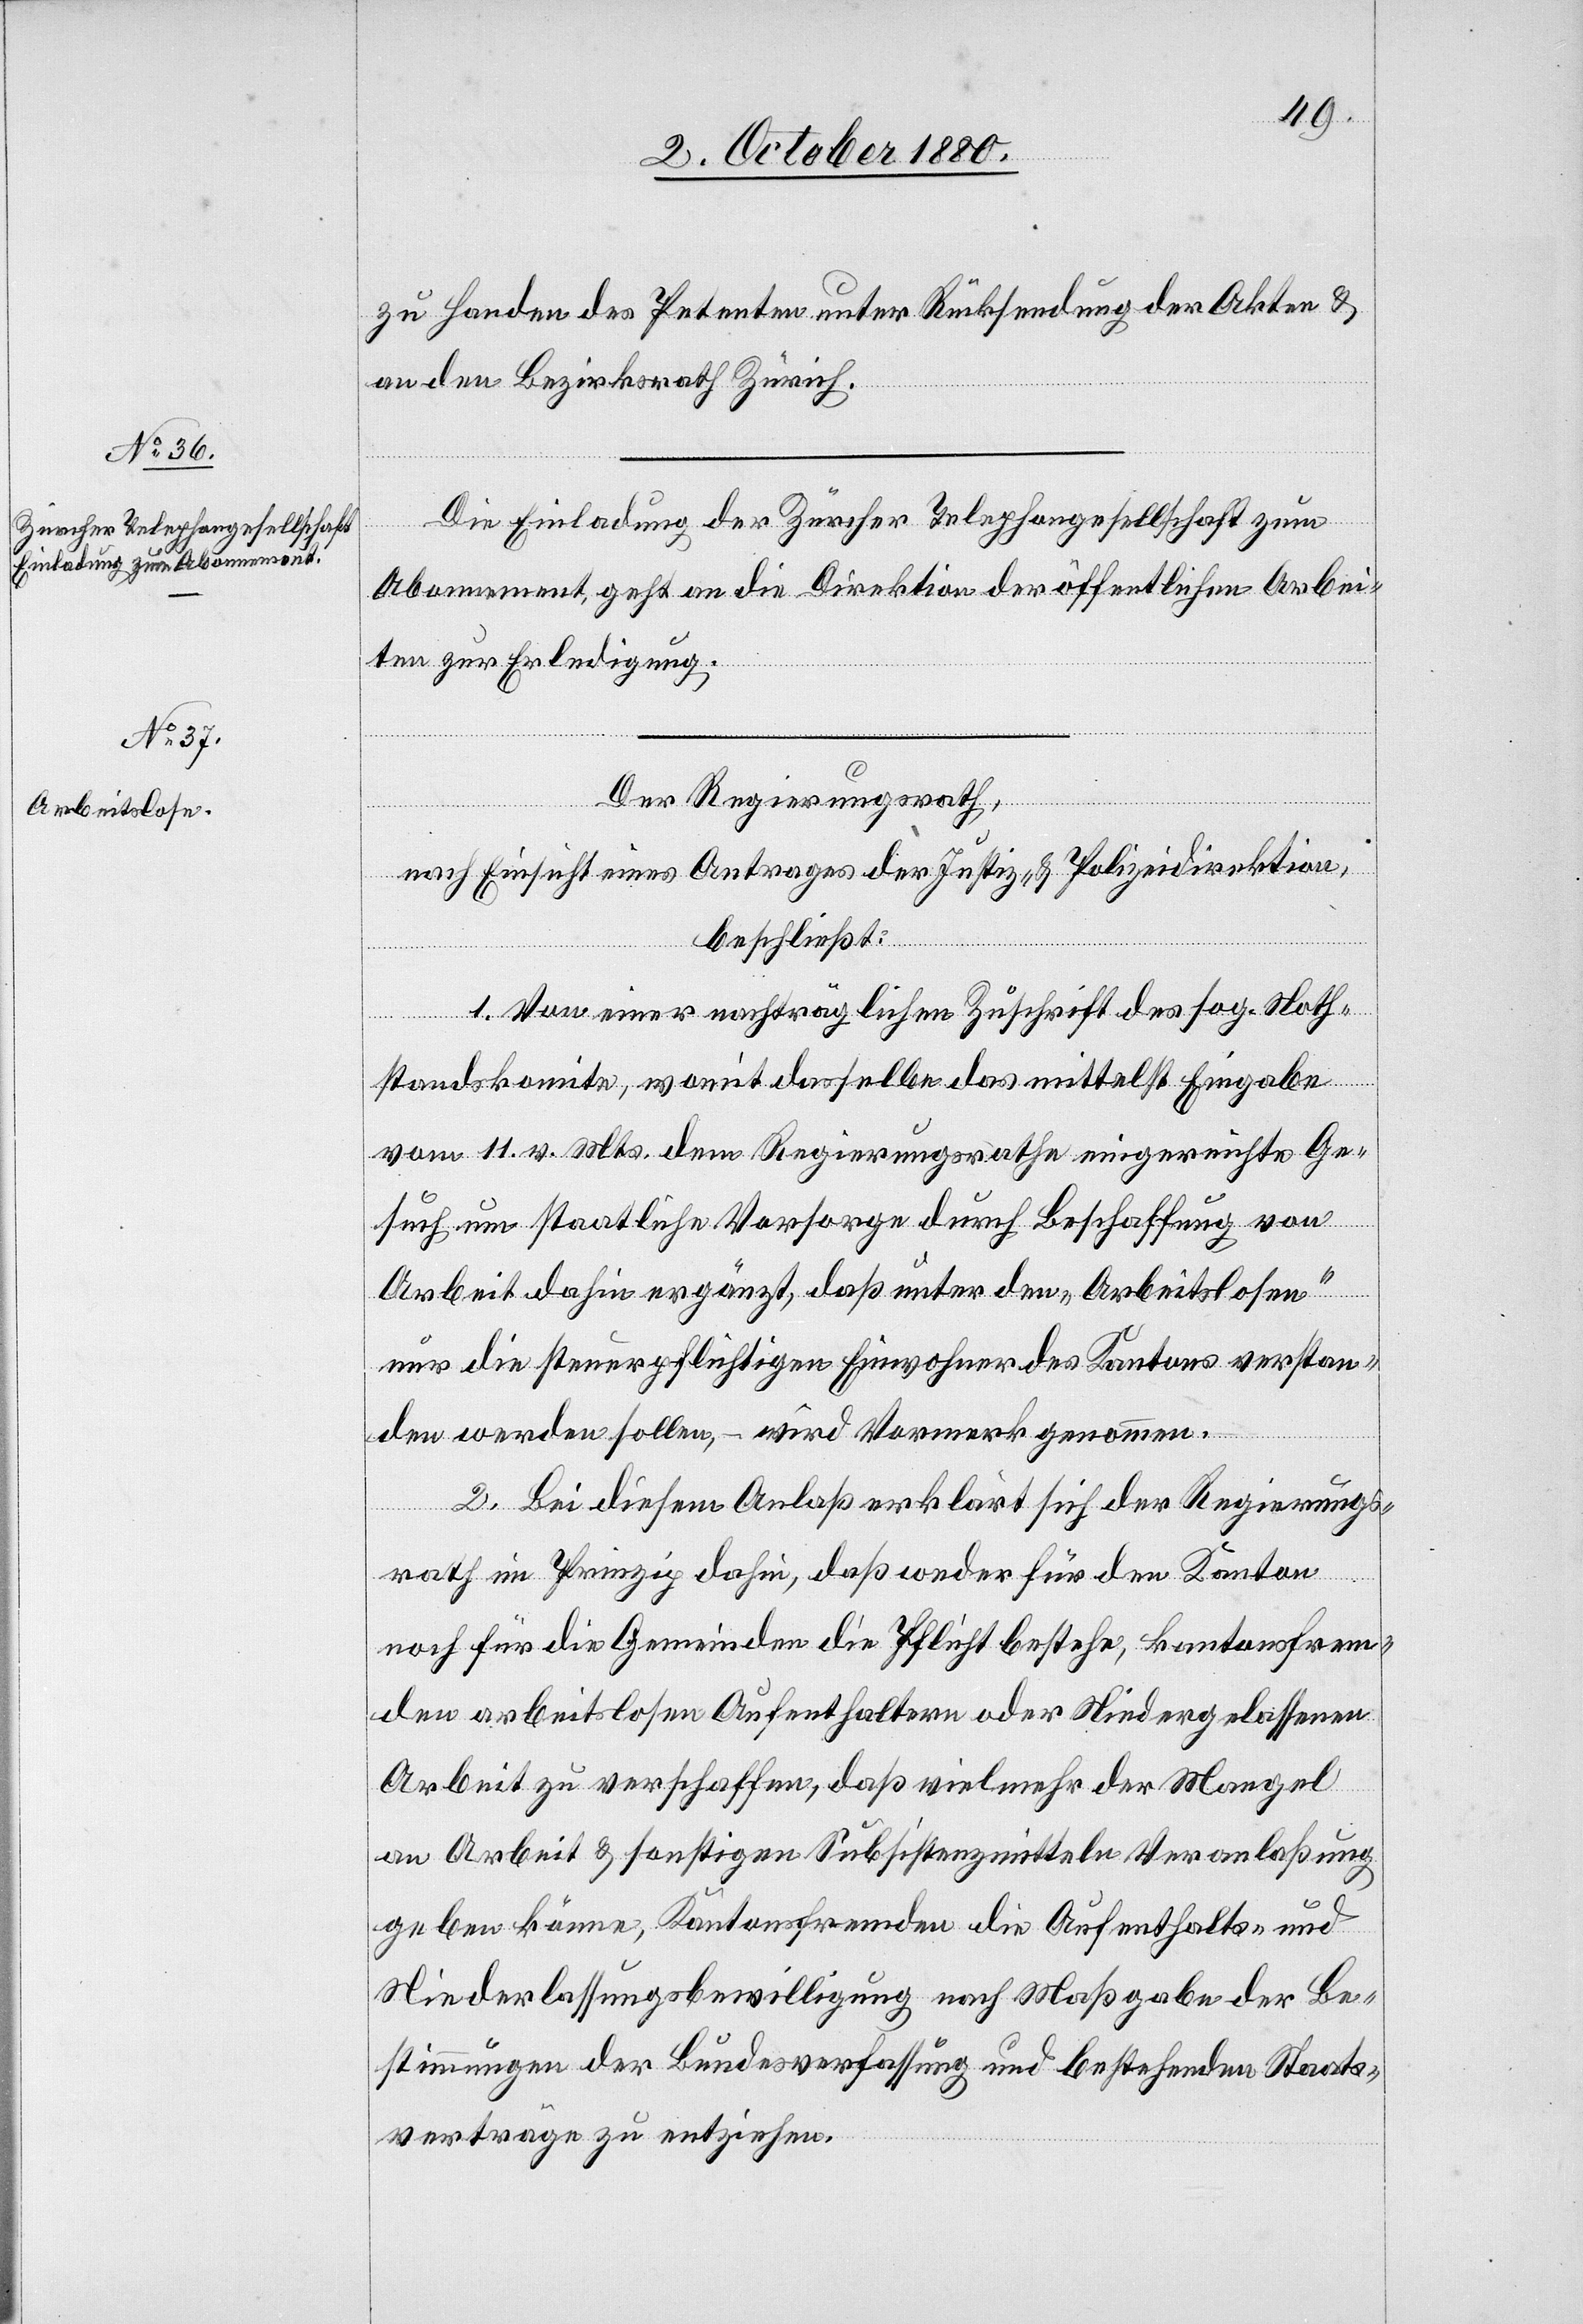
zu Handen des Petenten unter Rücksendung der Akten &
an den Bezirksrath Zürich.
Die Einladung der Zürcher Telephongesellschaft zum
Abonnement, geht an die Direktion der öffentlichen Arbei¬
ten zur Erledigung.
Der Regierungsrath,
nach Einsicht eines Antrages der Justiz- & Polizeidirektion,
beschließt:
1. Von einer nachträglichen Zuschrift des sog. Noth¬
standskomite, womit dasselbe das mittelst Eingabe
vom 11. v. Mts. dem Regierungsrathe eingereichte Ge¬
such um staatliche Vorsorge durch Beschaffung von
Arbeit dahin ergänzt, daß unter den „Arbeitslosen“
nur die steuerpflichtigen Einwohner des Kantons verstan¬
den werden sollen, – wird Vormerk genommen.
2. Bei diesem Anlaß erklärt sich der Regierungs¬
rath im Prinzip dahin, daß weder für den Kanton
noch für die Gemeinden die Pflicht bestehe, kantonsfrem¬
den arbeitslosen Aufenthaltern oder Niedergelassenen
Arbeit zu verschaffen, daß vielmehr der Mangel
an Arbeit & sonstigen Subsistenzmittel Veranlaßung
geben könne, Kantonsfremden die Aufenthalts- und
Niederlassungsbewilligung nach Maßgabe der Be¬
stimmungen der Bundesverfassung und bestehenden Staats¬
verträge zu entziehen.